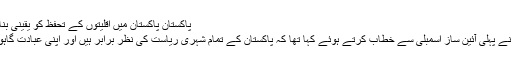
پاکستان پاکستان میں اقلیتوں کے تحفظ کو یقینی بنانے کا عزم اگست 11, 2015
11 اگست 1947 کو قائداعظم نے پہلی آئین ساز اسمبلی سے خطاب کرتے ہوئے کہا تھا کہ پاکستان کے تمام شہری ریاست کی نظر برابر ہیں اور اپنی عبادت گاہوں میں جانے کے لیے آزاد ہیں۔